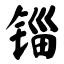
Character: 锱